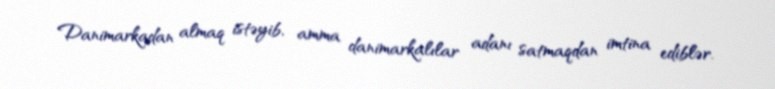
Danimarkadan almaq istəyib, amma danimarkalılar adanı satmaqdan imtina ediblər.